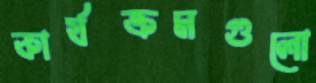
কার্যক্রমগুলো